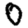
Digit: 0